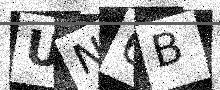
Text: UN6B